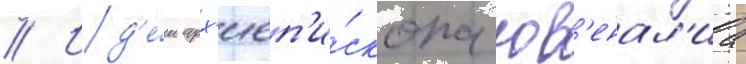
// Ид'е́и арх'иеп'и́скопа юв'енал'иа